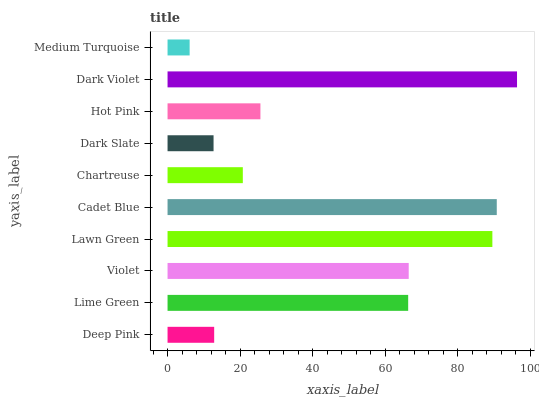
| yaxis_label | bars |
 | --- | --- |
 | Deep Pink | 12.9 |
 | Lime Green | 66.4 |
 | Violet | 66.5 |
 | Lawn Green | 89.6 |
 | Cadet Blue | 90.8 |
 | Chartreuse | 20.8 |
 | Dark Slate | 12.7 |
 | Hot Pink | 25.6 |
 | Dark Violet | 96.4 |
 | Medium Turquoise | 6.09 |